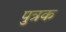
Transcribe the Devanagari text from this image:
पुत्रक